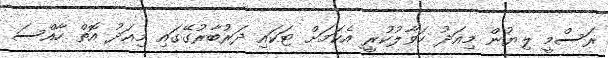
ރަސްމީ ލިޔުން މިއަދު ހަވާލުކުރީ އެކަމަށް ޓަކައި ދަރުބާރުގޭގައި މިއަދު އޮތް ހާއްސަ